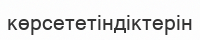
көрсететіндіктерін